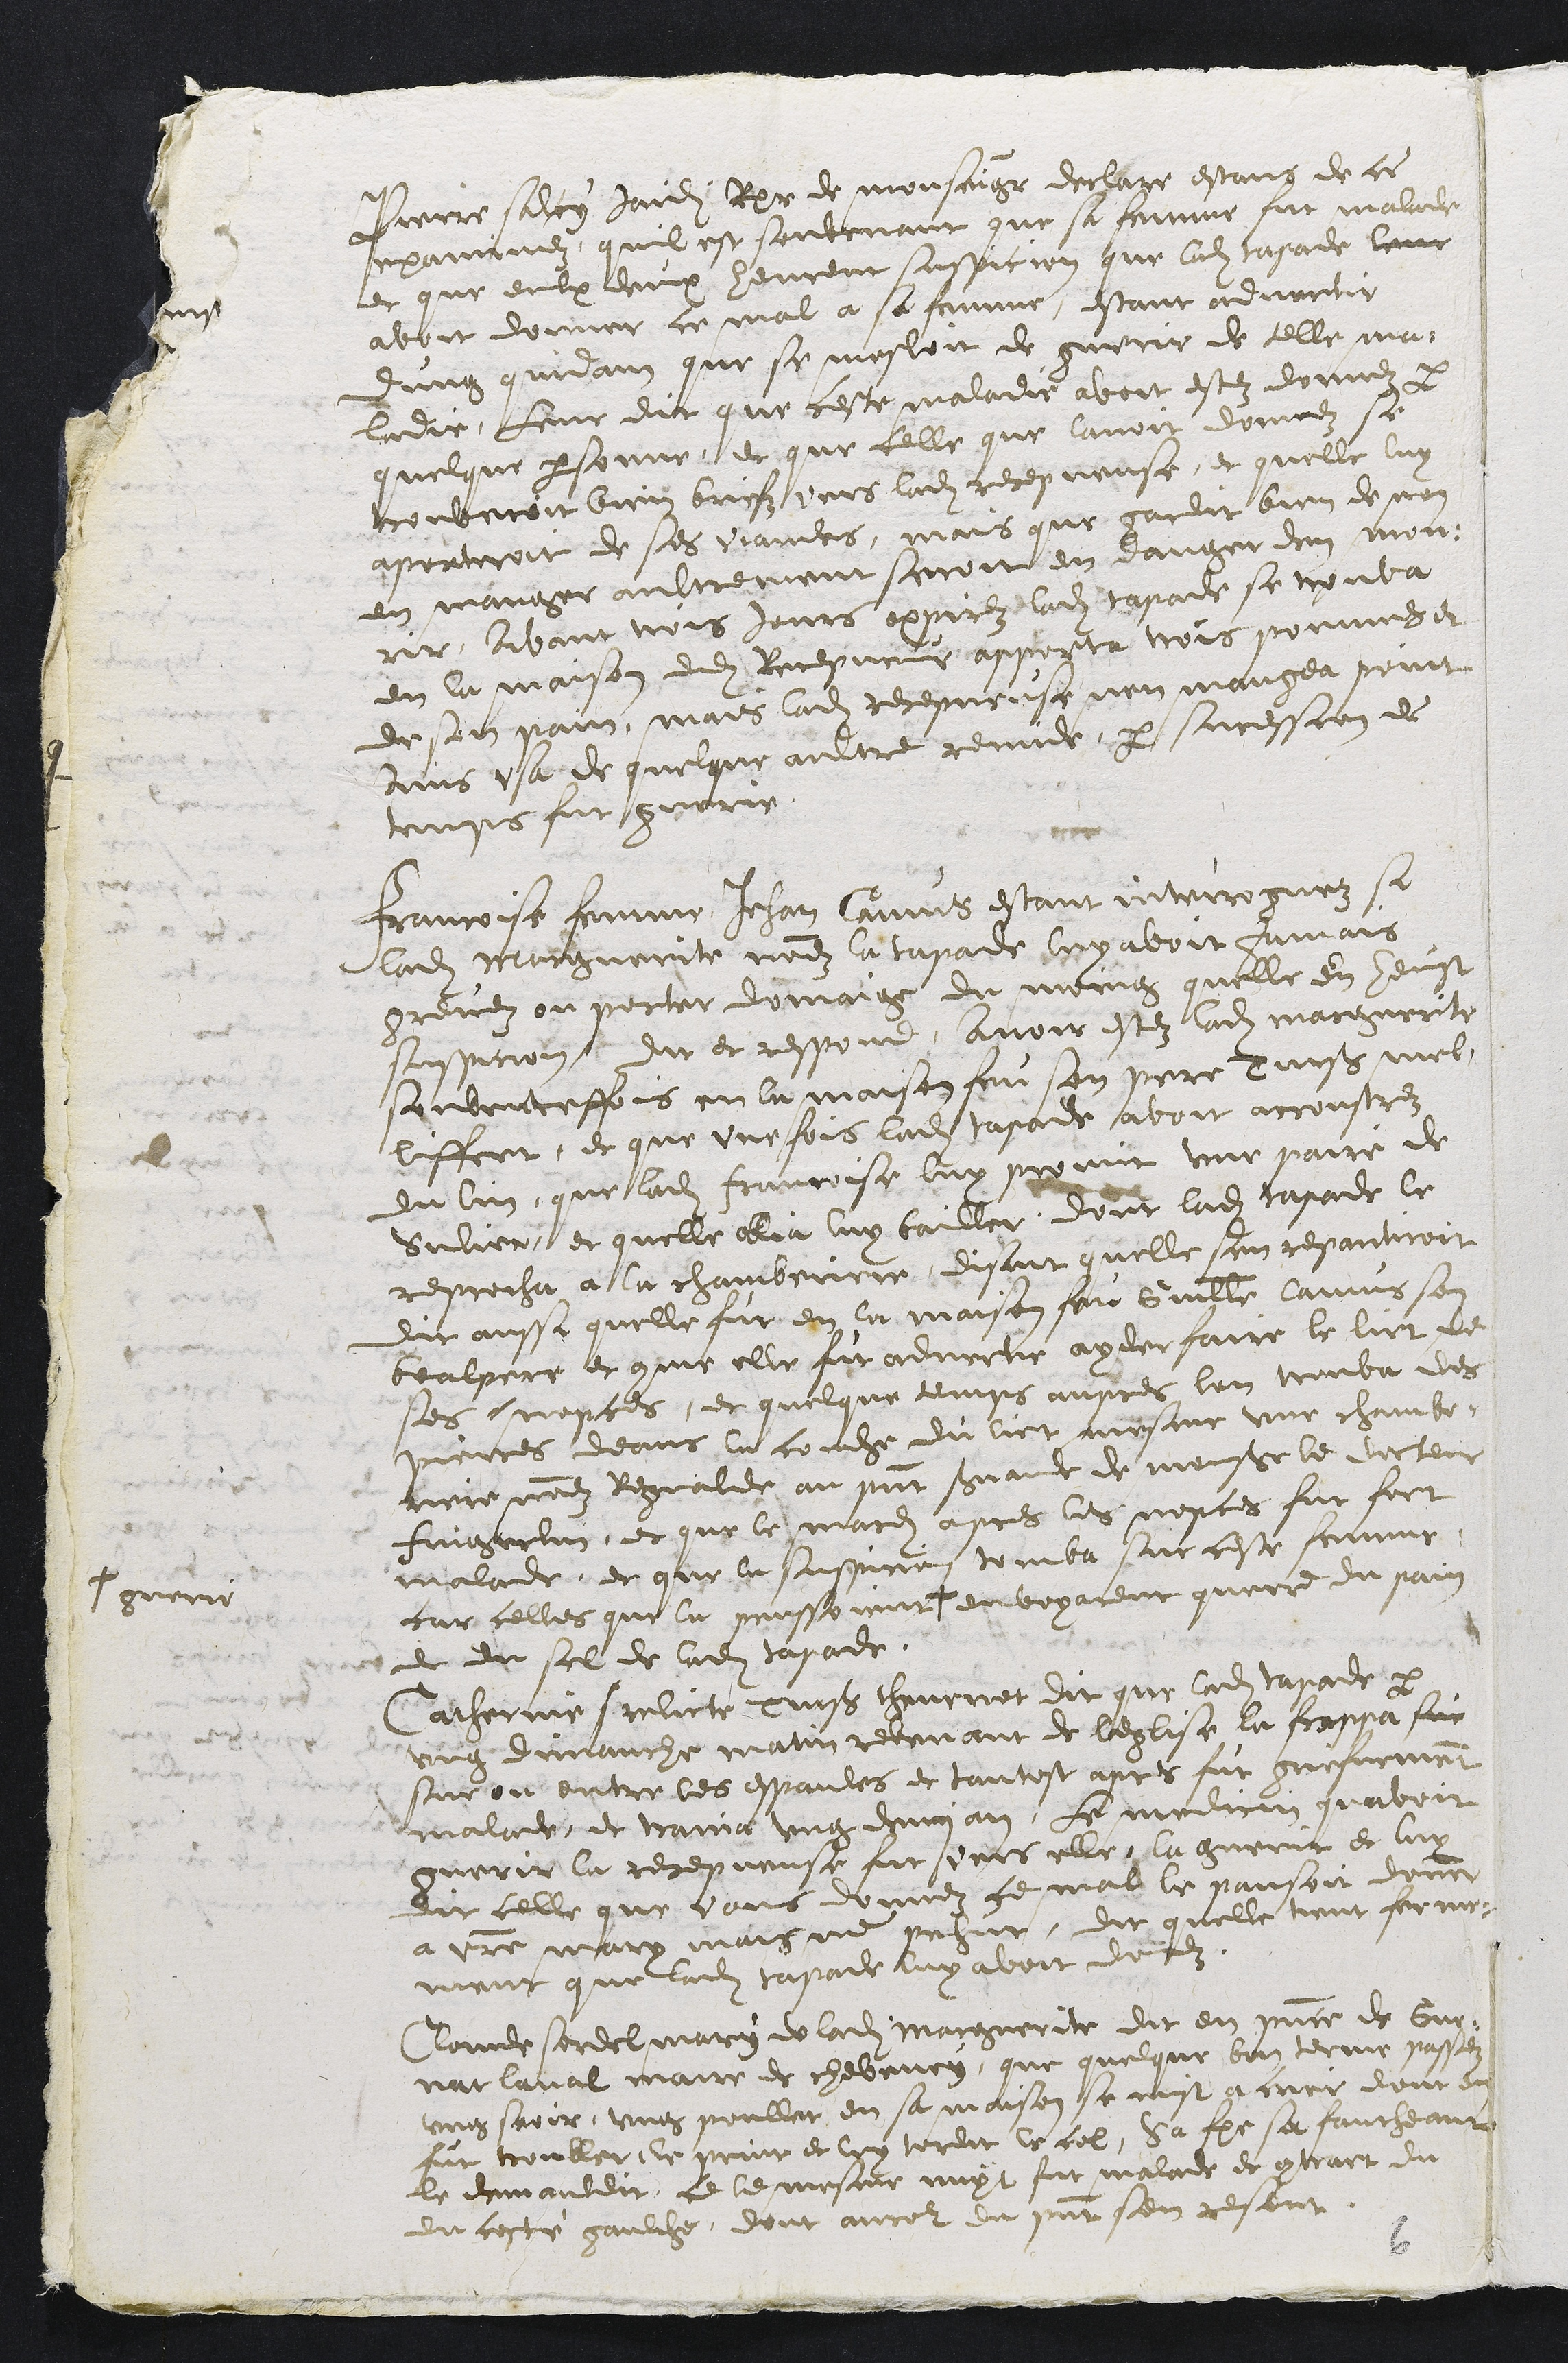
Pierre saley Jaidit Rer de monsaiger declare estans de ce
mauruez quil est souvenant que sa femme fut malade
et que eulx deux heurent suspicion que ladite tapade leur
avoit donner ce mal a sa femme, estant advertir
dung quidam que se mesloit de guerie de telle ma
ladie Leur dit que ceste maladie avoit estez donnez par
quelque personne, et que celle que lavoit donnez se
rouberoit bien briefz vers ladite recepveuse, et quelle luy
aporteroit de ses vaudes, mais que gardit bien de non
en manger aultrement seroit en dange den mon-
rir, avant tois jours appirez ladite tapade se rouva
en la maison dudit Recepveur apporta trois pommes et
de son pain, mais ladite recepveuse nen mangea point
ains usa de quelque aultre remiee par suression de
toups fut guerie
Francoise femme Jehan Camus estant interroguez si
ladite Marguerite node la tapade leyavoit jamais
grevez ou porter domaige du moing quelle en heust
suspicion, dit et respond, avoir estez ladite Marguerite
soubenteffois en la maison feu son pere einß mel
lffeet, et que une fois ladite tapode avoit accoustrez
du lin, que ladite francoise luy pooint une paire de
Sulier, et quelle ollia luy bailler, dont ladite tapade le
reprocha à la chamberiere disant quelle sen repantroit
dit aussi quelle fut en la maison foi Guille Camus son
bralpere et comme elle fit advertie ayderfaire le lict de
ses uepces, et quelque temps aupres lon trouva des
pierres deans la couche du lict mesme une chambe
cere nod Regnalde au present Gerande de monsieur le docteur
Faigerlin, et que le mardi apres les nopces fut fort
malade et que le suspicion tomba sur ceste femme
car celles que la prnssonnne
# guerie
envoyarent querre du pain
et du sel de ladite tapade.
Catherinne srelicte Huß thevenet dit que ladite tarade par
ung dimanche matin retenant de leglise le frappa sur
sur ou entre les espaules et tantost apres fut grefvement
malade et traiva ung deman, le medicin quavoit
guerir la recepveuse fut ours elle, la guerir et luy
dit celle que vous donnez le mal le pansoit doner
a vosre mary mais ne pahut, dit quelle tient ferme
ment que ladite tasade luy avoit dorez
Claude sordelmary de ladite Marguerite dit en presence de Guy-
naclaval maire de chevenoy, que quelque bon terme passez
ung seoir, ung poullet en sa maison se mist a crer dont en
fut troubler de print et luy terdit le cel, sa femme sa faucheant
le demauldit, ce le mesme nuyt fut malade et contract du
du coste gaulche, dont ancor du present sen resont.